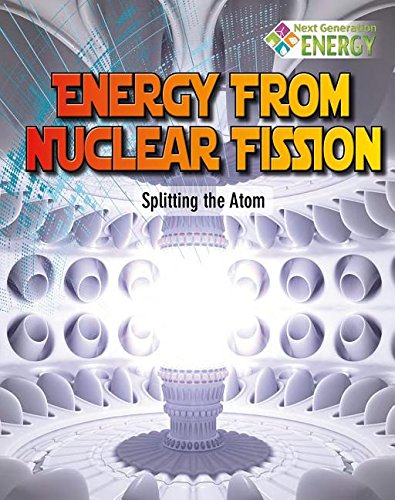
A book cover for Energy from Nuclear Fission: Splitting the Atom (Next Generation Energy); Nancy Dickmann; Children's Books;